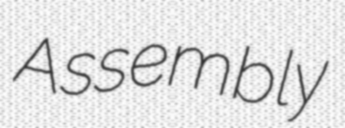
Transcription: Assembly